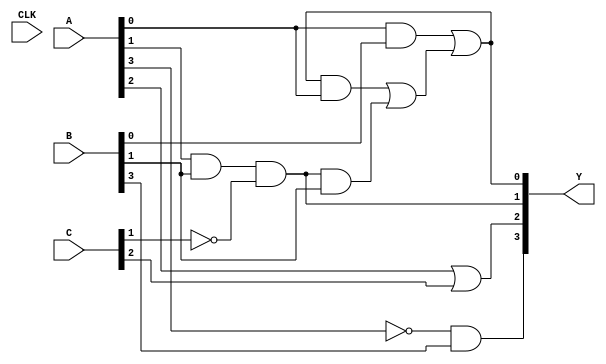
module GAL (
    input wire [3:0] A,         // 4-bit input
    input wire [3:0] B,         // 4-bit input
    input wire [3:0] C,         // 4-bit input
    output wire [3:0] Y,        // 4-bit output
    input wire CLK               // Clock signal for synchronous feedback
);

// Intermediate product terms from AND gates
wire and_out0, and_out1, and_out2, and_out3;
wire feedback;

// Programmable AND Array
assign and_out0 = A[0] & B[0];                    // Product Term 0
assign and_out1 = A[1] & B[1] & ~C[1];             // Product Term 1
assign and_out2 = A[2] | C[2];                      // Product Term 2
assign and_out3 = ~A[3] & B[3];                    // Product Term 3

// Feedback path
assign feedback = (Y[0] & A[0]) | (Y[1] & B[1]);  // Example feedback logic

// Programmable OR Array
assign Y[0] = and_out0 | feedback;                 // Output Y[0]
assign Y[1] = and_out1;                            // Output Y[1]
assign Y[2] = and_out2;                            // Output Y[2]
assign Y[3] = and_out3;                            // Output Y[3]

// Timing and propagation delay considerations (not implemented explicitly)
// These would normally be considered in the synthesis tool or in a simulation environment.

endmodule